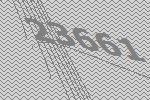
23661